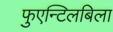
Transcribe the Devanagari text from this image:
फुएन्टिलबिला